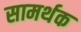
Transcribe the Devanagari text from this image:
सामर्थक